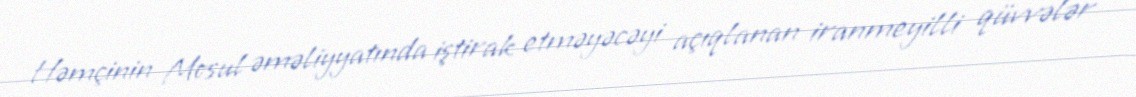
Həmçinin Mosul əməliyyatında iştirak etməyəcəyi açıqlanan iranmeyilli qüvvələr